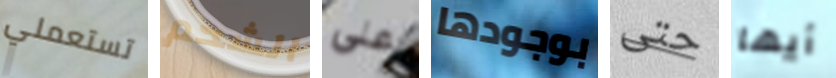
تستعملي الشحم على بوجودها حتى أيها